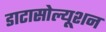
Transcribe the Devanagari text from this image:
डाटासोल्यूशन